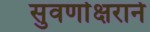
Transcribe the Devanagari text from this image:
सुवर्णाक्षराने